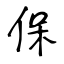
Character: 保